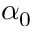
\alpha _ { 0 }